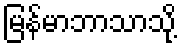
မြန်မာဘာသာသို့